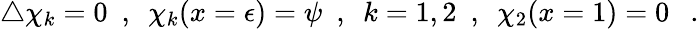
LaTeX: \bigtriangleup\chi_{k}=0~~,~~\chi_{k}(x=\epsilon)=\psi~~,{}~~k=1,2~~,~~\chi_{2}(x=1)=0~~~.